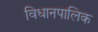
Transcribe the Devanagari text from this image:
विधानपालिक